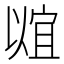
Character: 𬿠